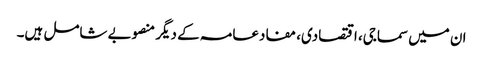
ان میں سماجی، اقتصادی، مفادعامہ کے دیگر منصوبے شامل ہیں۔